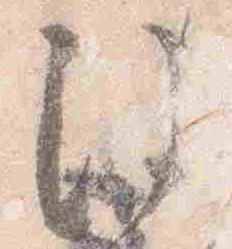
注